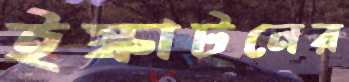
ইস্কাটনের